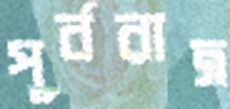
পূর্বরাত্র